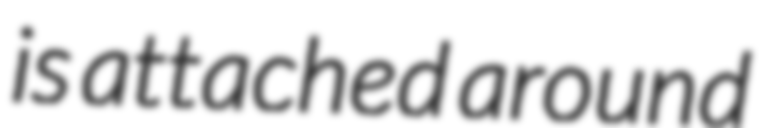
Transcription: is attached around